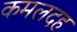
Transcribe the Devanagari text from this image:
कमलदह